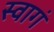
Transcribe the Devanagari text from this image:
स्वागं